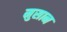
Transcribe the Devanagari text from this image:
मुसान